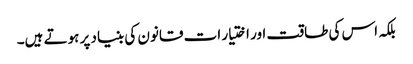
بلکہ اس کی طاقت اور اختیار ات قانون کی بنیاد پر ہوتے ہیں۔